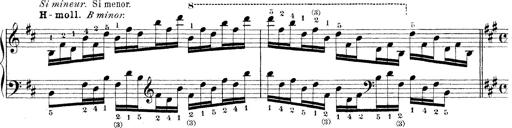
Title: Technische Studien
Composer: Franz Liszt